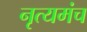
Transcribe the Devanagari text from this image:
नृत्यमंच